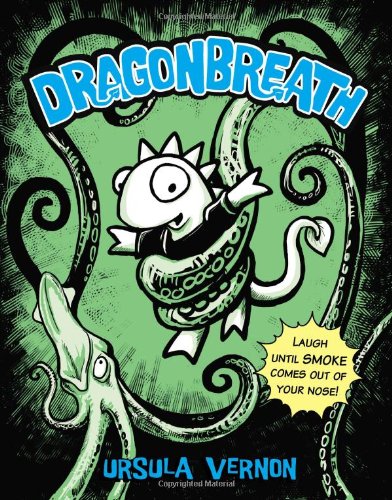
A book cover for Dragonbreath #1; Ursula Vernon; Children's Books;